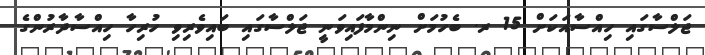
ޖަލްސާގައި ހިއްސާއަކަށް 15 ރ. ބެހުމަށް ނިންމާފައިވަނީ ޖަލްސާގައި ބައިވެރިވި ހުރިހާ ހިއްސާދާރުންގެ